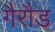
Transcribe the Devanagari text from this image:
गैरौड